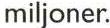
miljoner.